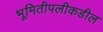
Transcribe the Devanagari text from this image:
भूमितीपलीकडील